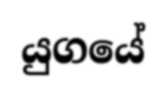
යුගයේ